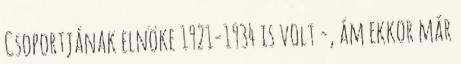
Csoportjának elnöke 1921-1934 is volt -, ám ekkor már